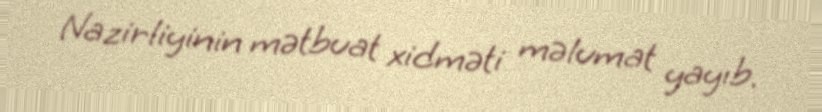
Nazirliyinin mətbuat xidməti məlumat yayıb.